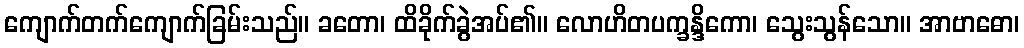
ကျောက်တက်ကျောက်ခြမ်းသည်။ ခတော၊ ထိခိုက်ခွဲအပ်၏။ လောဟိတပက္ခန္ဒိကော၊ သွေးသွန်သော။ အာဗာဓော၊